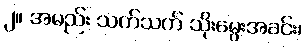
၂။ အမည်း သက်သက် သိုးမွေးအခင်း၊